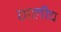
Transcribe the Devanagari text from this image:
ग़लीच